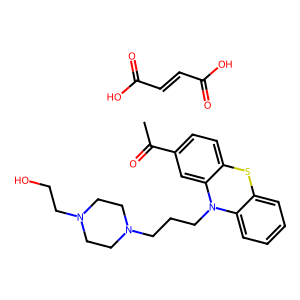
SMILES: CC(=O)c1ccc2c(c1)N(CCCN1CCN(CCO)CC1)c1ccccc1S2.O=C(O)C=CC(=O)O
Inhibits HIV replication: No